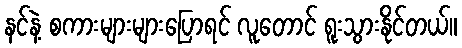
နင်နဲ့ စကားများများပြောရင် လူတောင် ရူးသွားနိုင်တယ်။